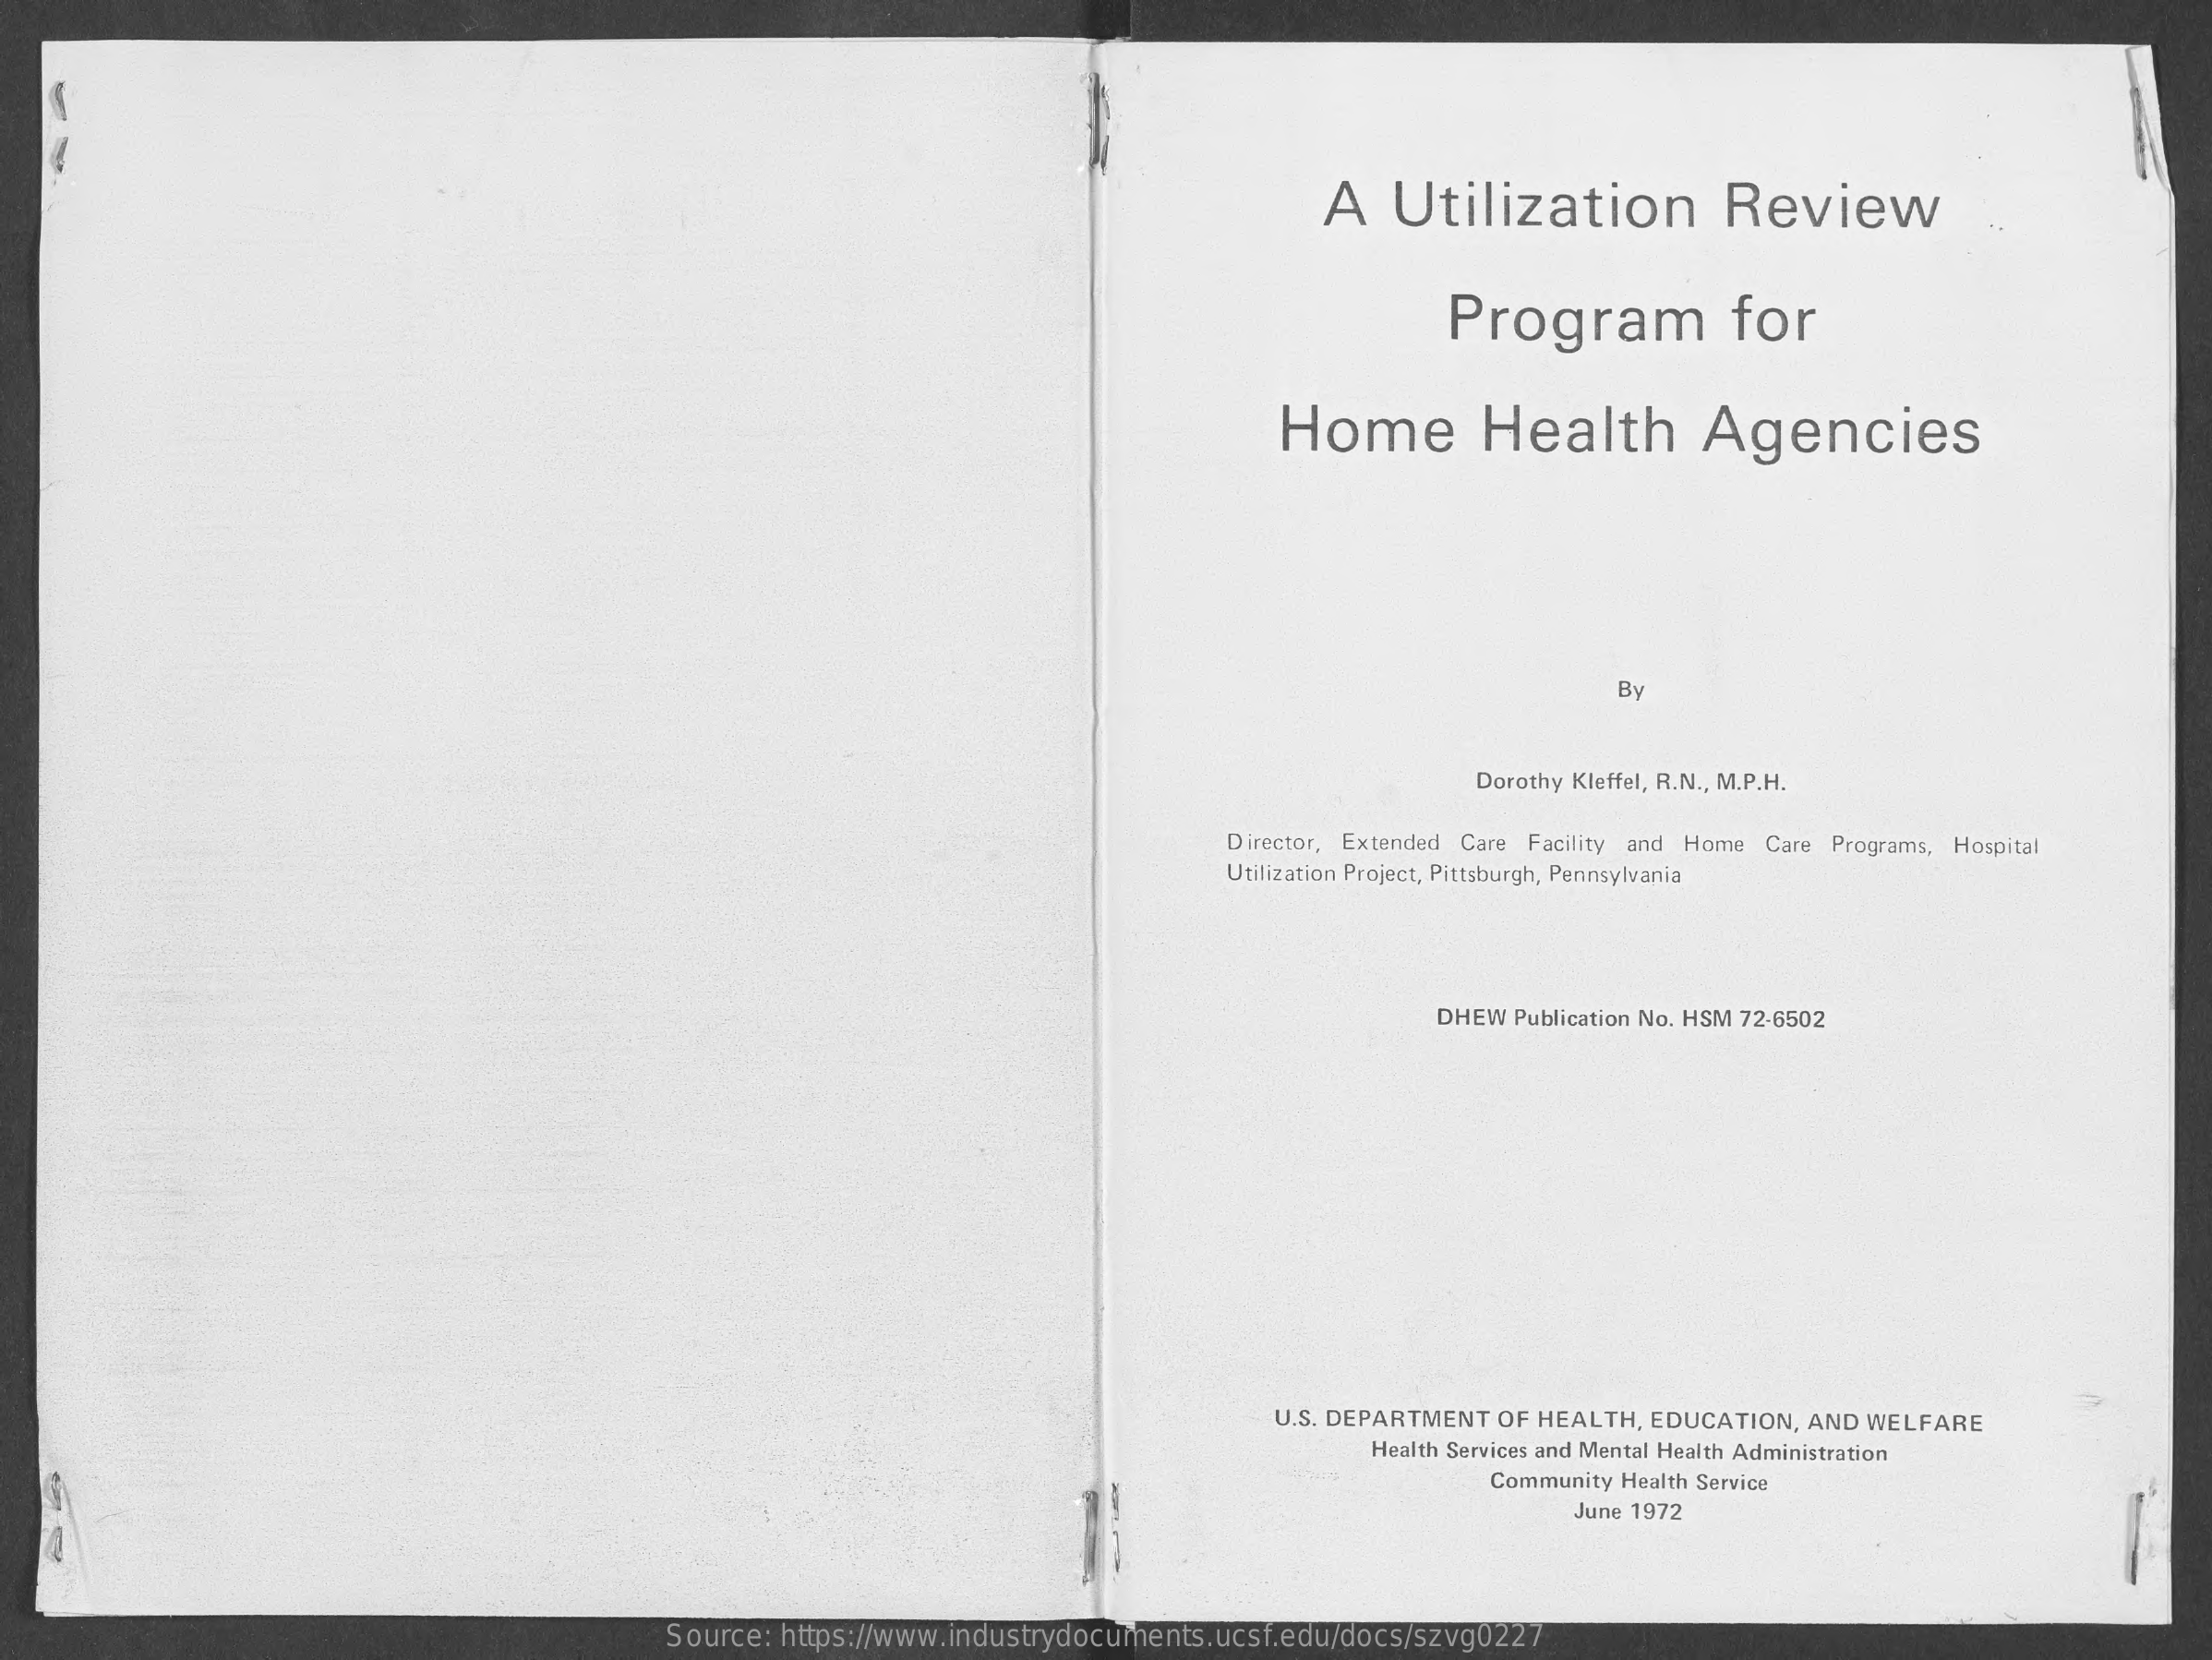
A   Utilization    Review
     Program    for
     Home    Health    Agencies
     By
     Dorothy Kleffel, R.N ., M.P.H.
     Director, Extended Care Facility and Home Care Programs, Hospital
     Utilization Project, Pittsburgh, Pennsylvania
     DHEW Publication No. HSM 72-6502
     U.S. DEPARTMENT OF HEALTH, EDUCATION, AND WELFARE
     Health Services and Mental Health Administration
     Community Health Service
     June 1972
     Source: https://www.industrydocuments.ucsf.edu/docs/szvg0227